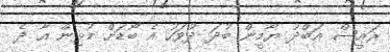
ރައީސް އަބްދު ޔާމީން ބުދަ ދުވަހު އެ ބޯޑަށް މުޅިން އާ ދެ